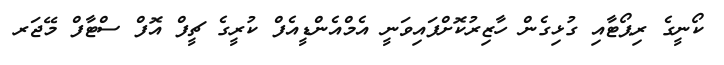
ކޯނީގެ ރިޕޯޓާއި ގުޅިގެން ހާޒިރުކޮށްފައިވަނީ އެމްއެންޑީއެފް ކުރީގެ ޗީފް އޮފް ސްޓާފް މޭޖަރ